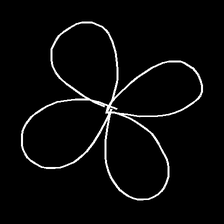
Glyph: billowing